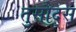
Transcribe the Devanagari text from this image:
तुसौद्स